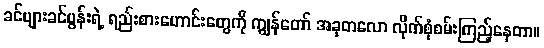
ခင်ဗျားခင်ပွန်းရဲ့ ရည်းစားဟောင်းတွေကို ကျွန်တော် အခုတလော လိုက်စုံစမ်းကြည့်နေတာ။